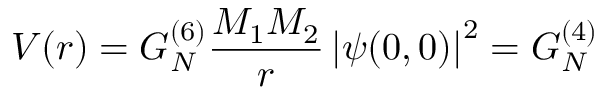
V ( r ) = G _ { N } ^ { ( 6 ) } \frac { M _ { 1 } M _ { 2 } } { r } \left| \psi ( 0 , 0 ) \right| ^ { 2 } = G _ { N } ^ { ( 4 ) }